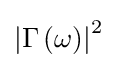
\left|\Gamma \left(\omega \right)\right|^{2}